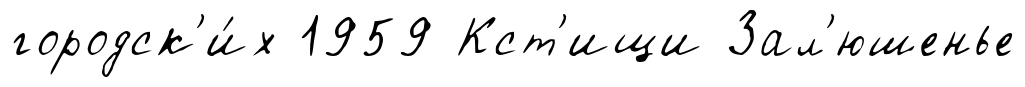
городск'и́х 1959 Кст'ищи Зал'юшенье